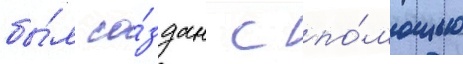
бы́л со́здан с по́мощью